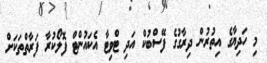
މި ހަދިޔާގެ އިތުރުން ދިރާގުގެ ފޭސްބުކް އަދި ޓްވިޓާ އެކައުންޓް ފޮލޯކުރާ ފަރާތްތަކަށް